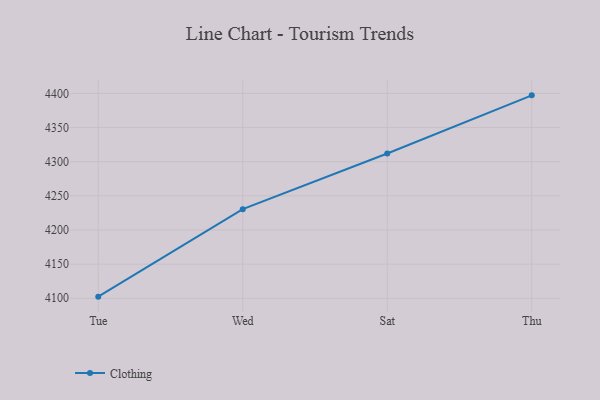
{"axis": {"x": "Day", "y": "Website Visitors"}, "legend": ["Clothing"], "data": [{"x": "Tue", "y": 4102.4, "type": "Clothing"}, {"x": "Wed", "y": 4230.5, "type": "Clothing"}, {"x": "Sat", "y": 4311.9, "type": "Clothing"}, {"x": "Thu", "y": 4397.1, "type": "Clothing"}]}